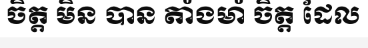
ចិត្ត មិន បាន តាំងមាំ ចិត្ត ដែល